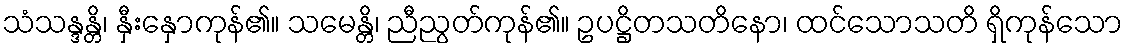
သံသန္ဒန္တိ၊ နှီးနှောကုန်၏။ သမေန္တိ၊ ညီညွတ်ကုန်၏။ ဥပဋ္ဌိတသတိနော၊ ထင်သောသတိ ရှိကုန်သော